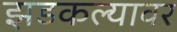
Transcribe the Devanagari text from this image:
झडकल्यावर